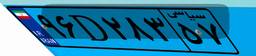
۹۶D۲۸۳۵۷